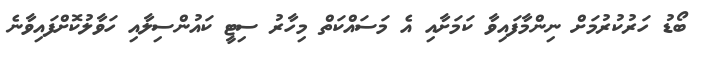
ބޯޑު ހަރުކުރުމަށް ނިންމާފައިވާ ކަމަށާއި އެ މަސައްކަތް މިހާރު ސިޓީ ކައުންސިލާއި ހަވާލުކޮށްފައިވާނެ